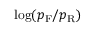
\log ( p _ { \mathrm { F } } / p _ { \mathrm { R } } )